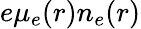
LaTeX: e\mu_{e}(r)n_{e}(r)